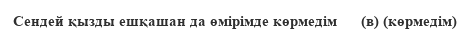
Сендей қызды ешқашан да өмірімде көрмедім      (в) (көрмедім)